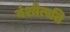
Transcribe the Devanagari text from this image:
वंशोत्पति